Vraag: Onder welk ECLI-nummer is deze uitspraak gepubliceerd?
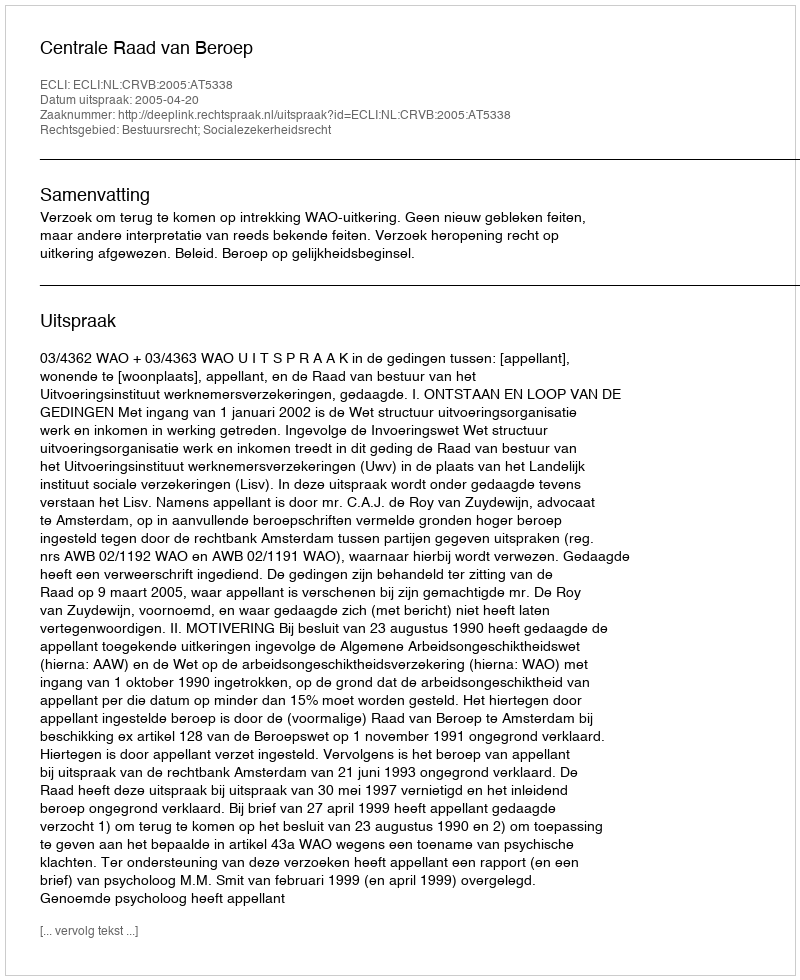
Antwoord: ECLI:NL:CRVB:2005:AT5338